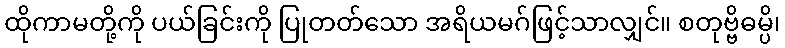
ထိုကာမတို့ကို ပယ်ခြင်းကို ပြုတတ်သော အရိယမဂ်ဖြင့်သာလျှင်။ စတုဗ္ဗိဓမ္ပိ၊